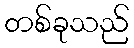
တစ်ခုသည်